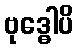
ဗုဒ္ဓေါပိ